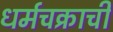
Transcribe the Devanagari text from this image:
धर्मचक्राची